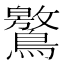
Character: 鸄